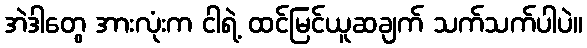
အဲဒါတွေ အားလုံးက ငါရဲ့ ထင်မြင်ယူဆချက် သက်သက်ပါပဲ။